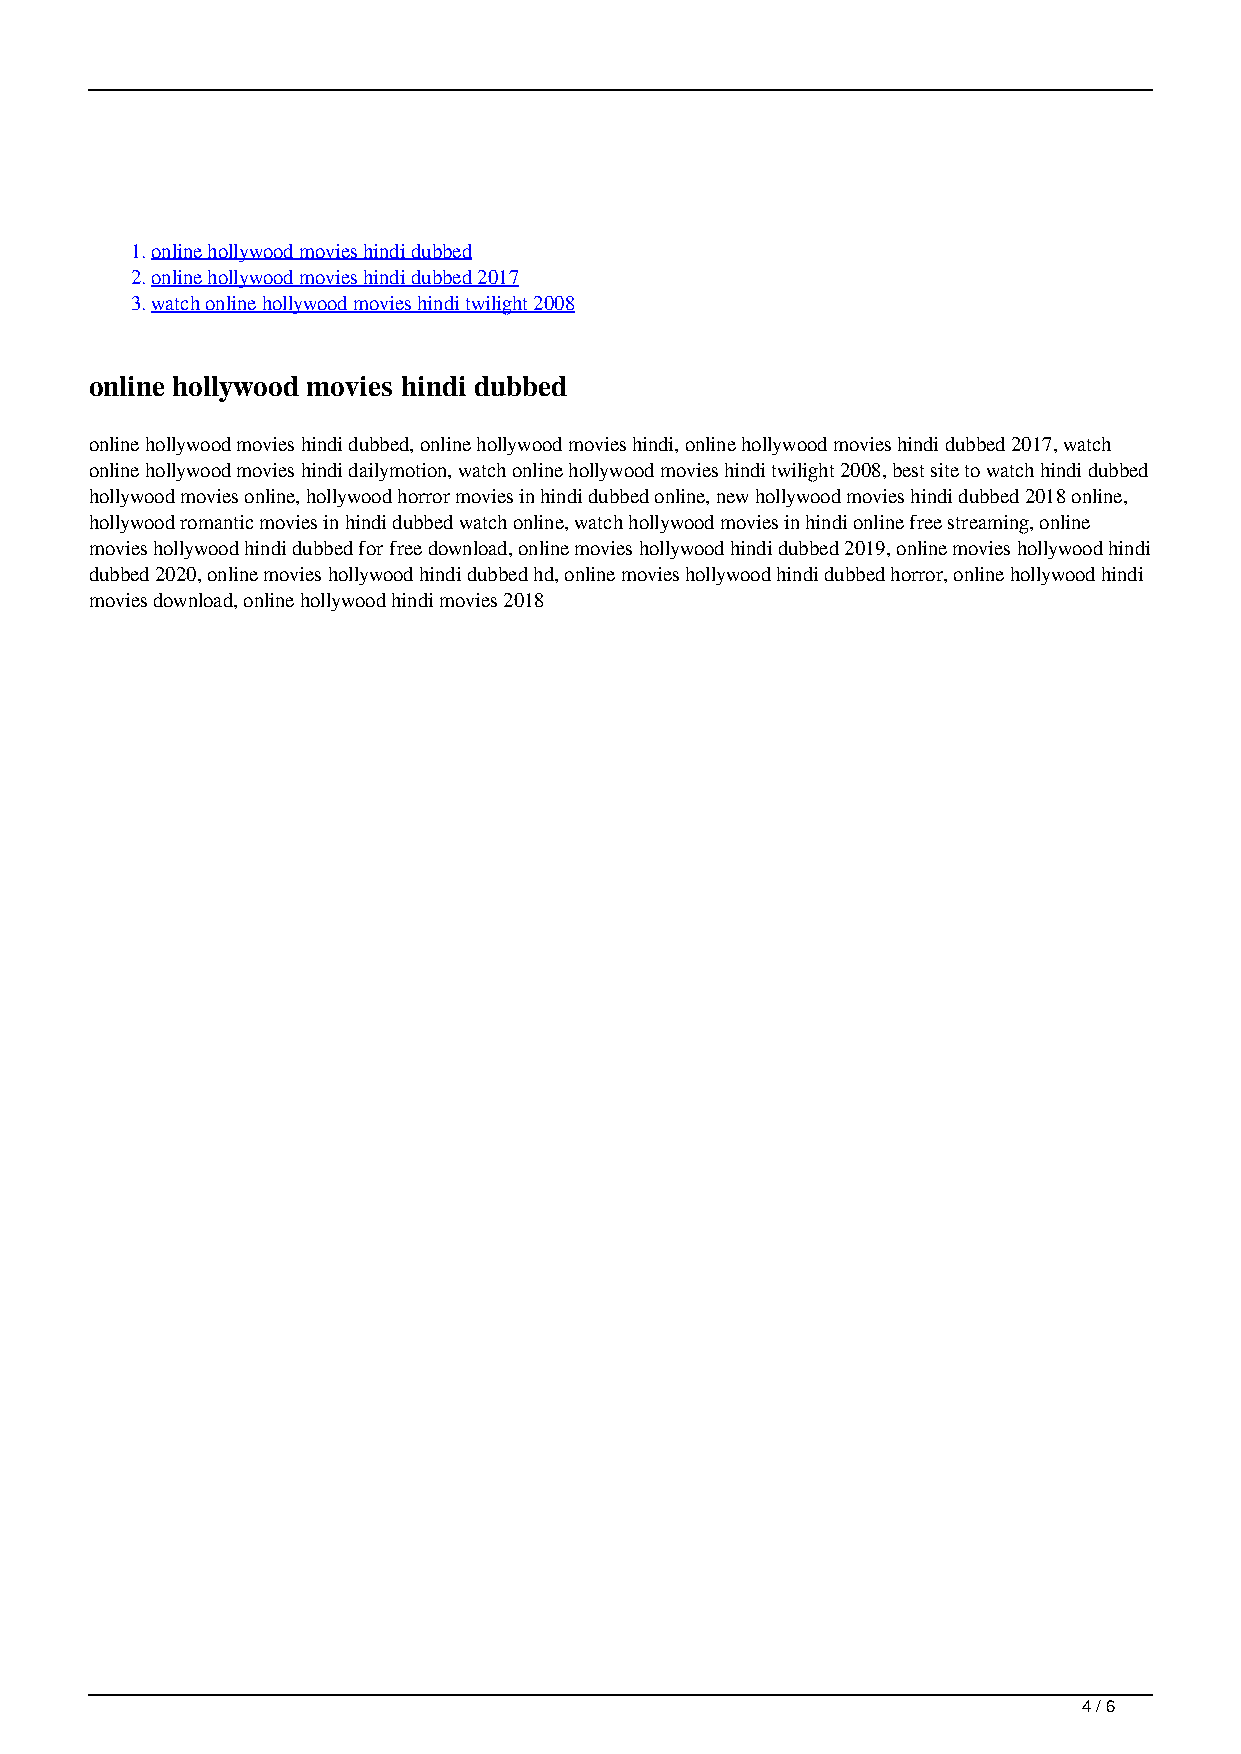
1.online hollywood movies hindi dubbed
 2.online hollywood movies hindi dubbed 2017
 3.watch online hollywood movies hindi twilight 2008
 online hollywood movies hindi dubbed
 online hollywood movies hindi dubbed, online hollywood movies hindi, online hollywood movies hindi dubbed 2017, watch
 online hollywood movies hindi dailymotion, watch online hollywood movies hindi twilight 2008, best site to watch hindi dubbed
 hollywood movies online, hollywood horror movies in hindi dubbed online, new hollywood movies hindi dubbed 2018 online,
 hollywood romantic movies in hindi dubbed watch online, watch hollywood movies in hindi online free streaming, online
 movies hollywood hindi dubbed for free download, online movies hollywood hindi dubbed 2019, online movies hollywood hindi
 dubbed 2020, online movies hollywood hindi dubbed hd, online movies hollywood hindi dubbed horror, online hollywood hindi
 movies download, online hollywood hindi movies 2018
 4 / 6